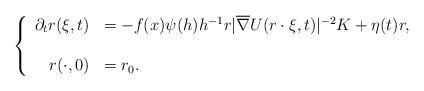
LaTeX: \begin{align*}\left\{\begin{array}{rl}\partial_tr(\xi,t)&=-f(x){\psi}(h)h^{-1}r|\overline{\nabla} U(r\cdot\xi,t)|^{-2} K+\eta(t)r ,\\\\r(\cdot,0)&=r_0.\end{array}\right.\end{align*}